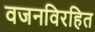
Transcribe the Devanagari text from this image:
वजनविरहित